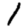
Digit: 1